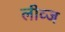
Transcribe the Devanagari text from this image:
लीव्ज